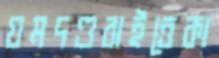
যমদণ্ডবাইত্তেকা